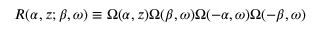
R ( \alpha , z ; \beta , \omega ) \equiv \Omega ( \alpha , z ) \Omega ( \beta , \omega ) \Omega ( - \alpha , \omega ) \Omega ( - \beta , \omega )